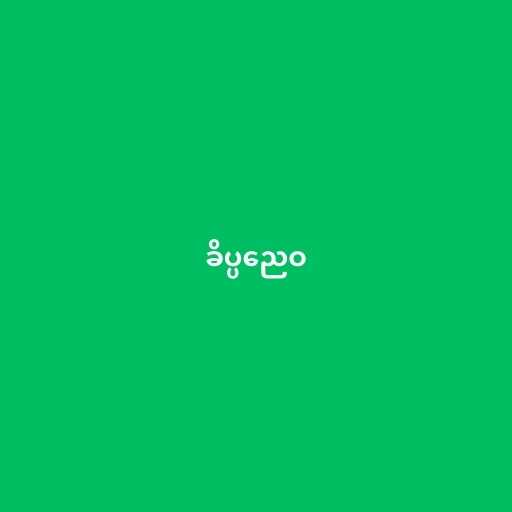
ခိပ္ပညေဝ